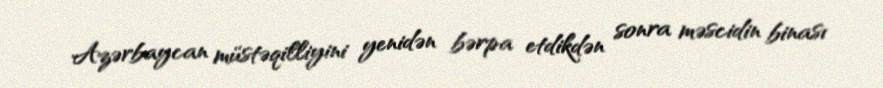
Azərbaycan müstəqilliyini yenidən bərpa etdikdən sonra məscidin binası